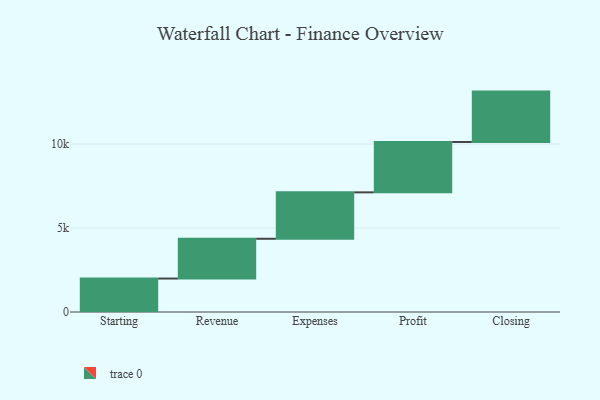
{"axis": {"x": "Step", "y": "Value"}, "legend": [""], "data": [{"x": "Starting", "y": 1993.0, "type": ""}, {"x": "Revenue", "y": 2369.0, "type": ""}, {"x": "Expenses", "y": 2764.0, "type": ""}, {"x": "Profit", "y": 3000, "type": ""}, {"x": "Closing", "y": 3000, "type": ""}]}